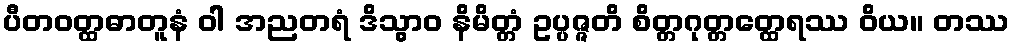
ပီတဝတ္ထဓာတူနံ ဝါ အညတရံ ဒိသွာဝ နိမိတ္တံ ဥပ္ပဇ္ဇတိ စိတ္တဂုတ္တတ္ထေရဿ ဝိယ။ တဿ